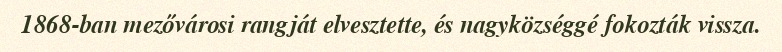
1868-ban mezővárosi rangját elvesztette, és nagyközséggé fokozták vissza.